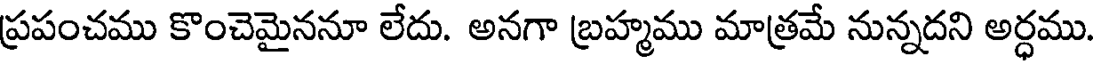
ప్రపంచము కొంచెమైననూ లేదు. అనగా బ్రహ్మము మాత్రమే నున్నదని అర్ధము.